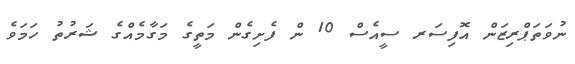
ނުވަތަޕްރިޒަން އޮފިސަރ ސީއެސް 10 ން ފެށިގެން މަތީގެ މަގާމެއްގެ ޝަރުތު ހަމަވެ